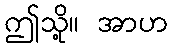
ဤသို့။ အာဟ